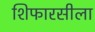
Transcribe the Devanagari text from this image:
शिफारसीला